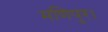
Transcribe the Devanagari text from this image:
मणिपुर।